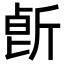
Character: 𣂢